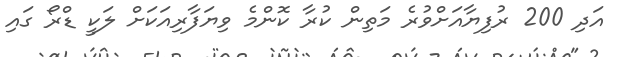
އަދި 200 ރުފިޔާއަށްވުރެ މަތިން ކުރާ ކޮންމެ ވިޔަފާރިއަކަށް ލަކީ ޑްރޯ ގައި